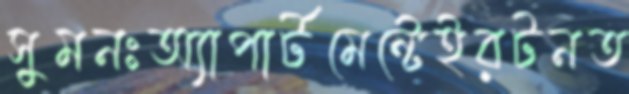
সুমনঃঅ্যাপার্টমেন্টেইরটনত